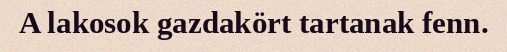
A lakosok gazdakört tartanak fenn.